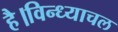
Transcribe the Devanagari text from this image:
है।विन्ध्याचल